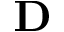
\mathbf { D }